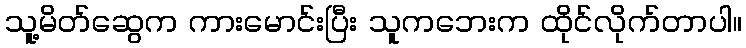
သူ့မိတ်ဆွေက ကားမောင်းပြီး သူကဘေးက ထိုင်လိုက်တာပါ။